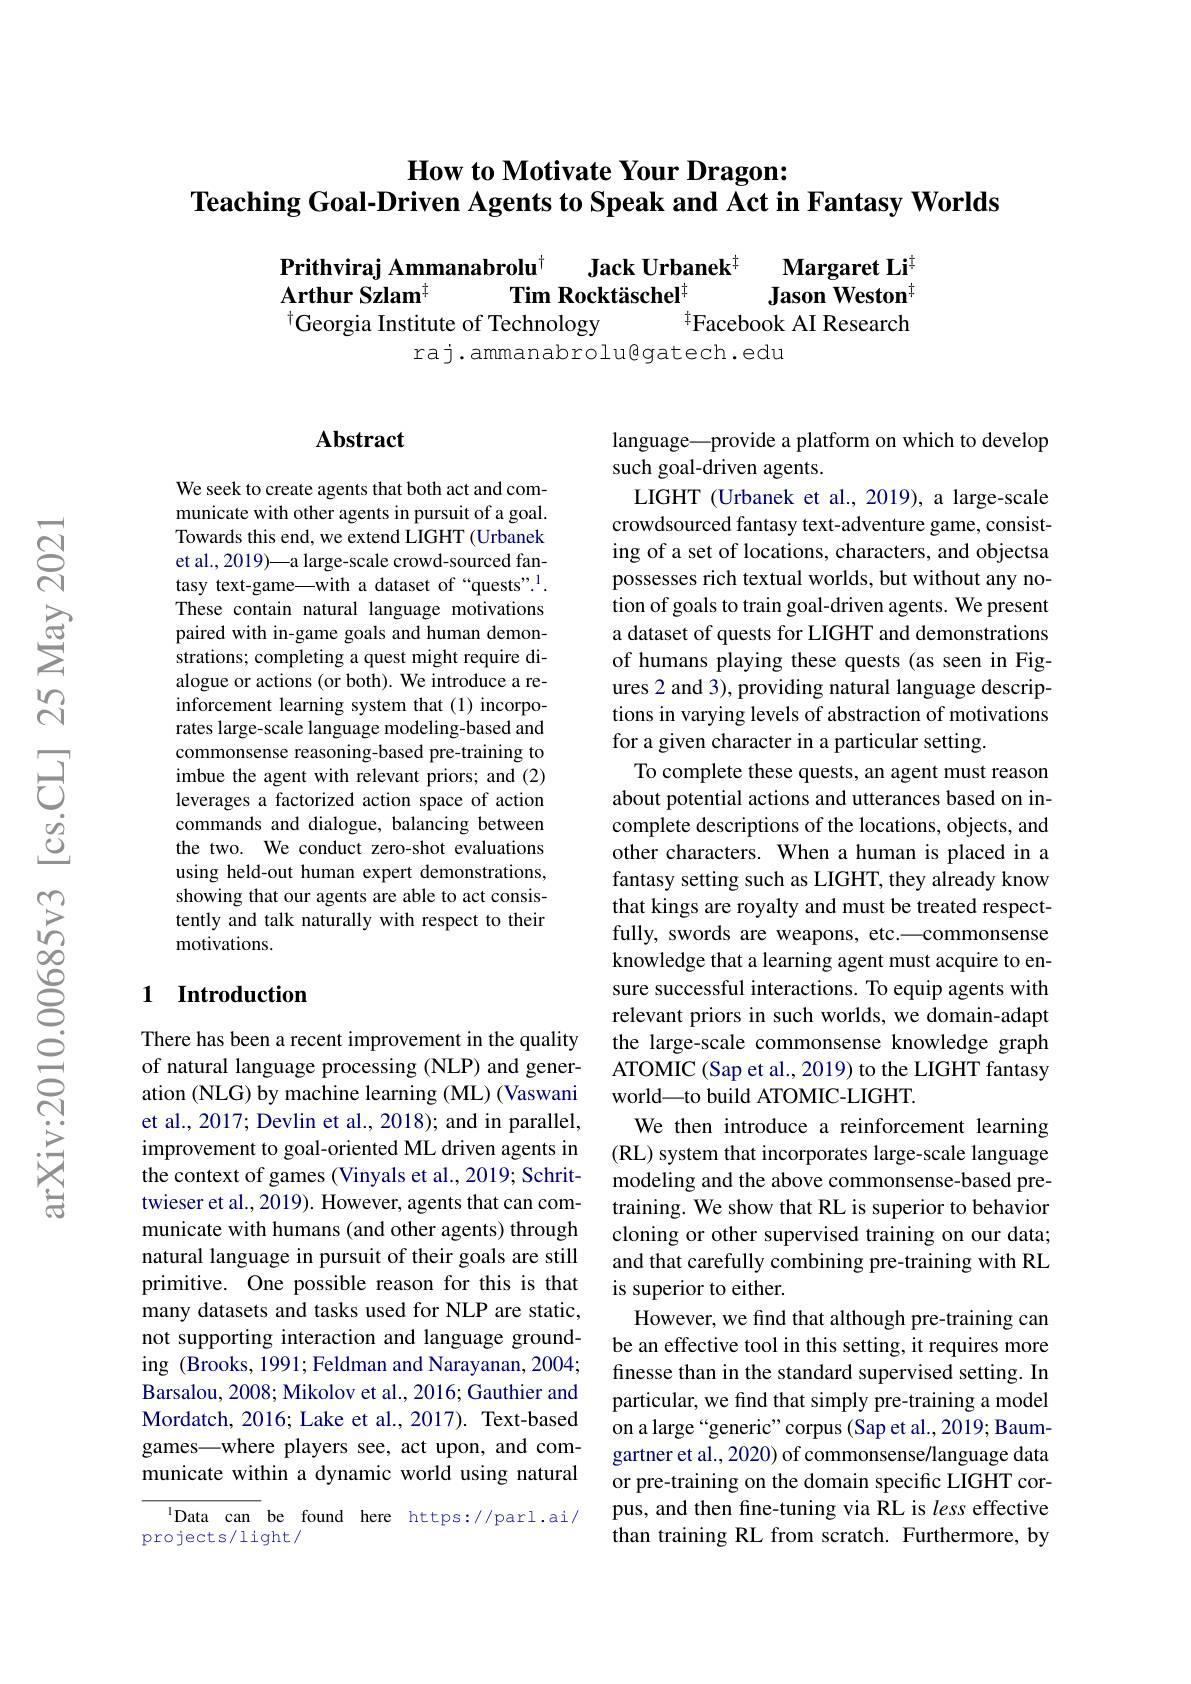
How to Motivate Your Dragon:
Teaching Goal-Driven Agents to Speak and Act in Fantasy Worlds

$\begin{aligned}&\textbf{Prithviraj Ammanabrolu}^{\dagger}&\text{Jack Urbanek}^{\dagger}&\text{Margaret Li}^{\dagger}\\&\text{Arthur Szlam}^{\dagger}&\text{Tim Rocktäschel}^{\dagger}&\text{Jason Weston}^{\dagger}\end{aligned}$
Georgia Institute of Technology
Facebook AI Research
raj.ammanabrolugatech.edu

### $\mathbf{Abstract}$

We seek to create agents that both act and communicate with other agents in pursuit of a goal. Towards this end, we extend LIGHT (Urbanek et al., 2019)— a large-scale crowd-sourced fantasy text-game—with a dataset of“quests”.1 These contain natural language motivations paired with in-game goals and human demonstrations; completing a quest might require dialogue or actions (or both). We introduce a reinforcement learning system that (1) incorporates large-scale language modeling-based and commonsense reasoning-based pre-training to imbue the agent with relevant priors; and (2) leverages a factorized action space of action commands and dialogue, balancing between the two. We conduct zero-shot evaluations using held-out human expert demonstrations, showing that our agents are able to act consistently and talk naturally with respect to their motivations.

## 1 $\textbf{Introduction}$

There has been a recent improvement in the quality of natural language processing (NLP) and generation (NLG) by machine learning (ML) (Vaswani et al., 2017; Devlin et al., 2018); and in parallel, improvement to goal-oriented ML driven agents in the context of games (Vinyals et al., 2019; Schrittwieser et al., 2019). However, agents that can communicate with humans (and other agents) through natural language in pursuit of their goals are still primitive. One possible reason for this is that many datasets and tasks used for NLP are static, not supporting interaction and language grounding (Brooks, 1991; Feldman and Narayanan, 2004; Barsalou, 2008; Mikolov et al., 2016; Gauthier and Mordatch, 2016; Lake et al., 2017). Text-based games—where players see, act upon, and communicate within a dynamic world using natural

$^{1}$Data can be found here https://parl.ai/
projects/light/

language—provide a platform on which to develop
such goal-driven agents.
LIGHT (Urbanek et al., 2019), a large-scale crowdsourced fantasy text-adventure game, consisting of a set of locations, characters, and objectsa possesses rich textual worlds, but without any notion of goals to train goal-driven agents. We present a dataset of quests for LIGHT and demonstrations of humans playing these quests (as seen in Figures 2 and 3), providing natural language descriptions in varying levels of abstraction of motivations for a given character in a particular setting.
To complete these quests, an agent must reason about potential actions and utterances based on incomplete descriptions of the locations, objects, and other characters. When a human is placed in a fantasy setting such as LIGHT, they already know that kings are royalty and must be treated respectfully, swords are weapons, etc.—commonsense knowledge that a learning agent must acquire to ensure successful interactions. To equip agents with relevant priors in such worlds, we domain-adapt the large-scale commonsense knowledge graph ATOMIC (Sap et al., 2019) to the LIGHT fantasy world\_to build ATOMIC-LIGHT.
We then introduce a reinforcement learning (RL) system that incorporates large-scale language modeling and the above commonsense-based pretraining. We show that RL is superior to behavior cloning or other supervised training on our data; and that carefully combining pre-training with RL is superior to either.
However, we find that although pre-training can be an effective tool in this setting, it requires more finesse than in the standard supervised setting. In particular, we find that simply pre-training a model on a large “generic”corpus(Sap et al., 2019; Baumgartner et al., 2020) of commonsense/language data or pre-training on the domain specific LIGHT corpus, and then fine-tuning via RL is less effective than training RL from scratch. Furthermore, by